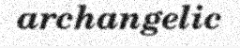
archangelic